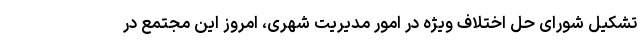
تشکیل شورای حل اختلاف ویژه در امور مدیریت شهری، امروز این مجتمع در